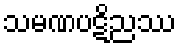
သမဏပဋိညဿ